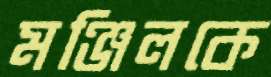
মঞ্জিলকে